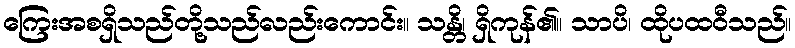
ကြေးအစရှိသည်တို့သည်လည်းကောင်း။ သန္တိ၊ ရှိကုန်၏။ သာပိ၊ ထိုပထဝီသည်။